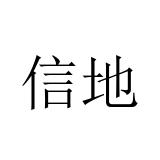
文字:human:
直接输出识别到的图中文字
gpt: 信地